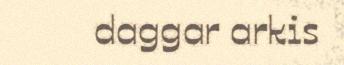
daggar arkis